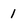
Character: 1